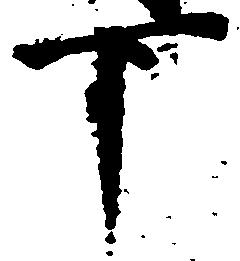
下